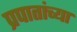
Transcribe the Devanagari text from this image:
प्रपातांच्या